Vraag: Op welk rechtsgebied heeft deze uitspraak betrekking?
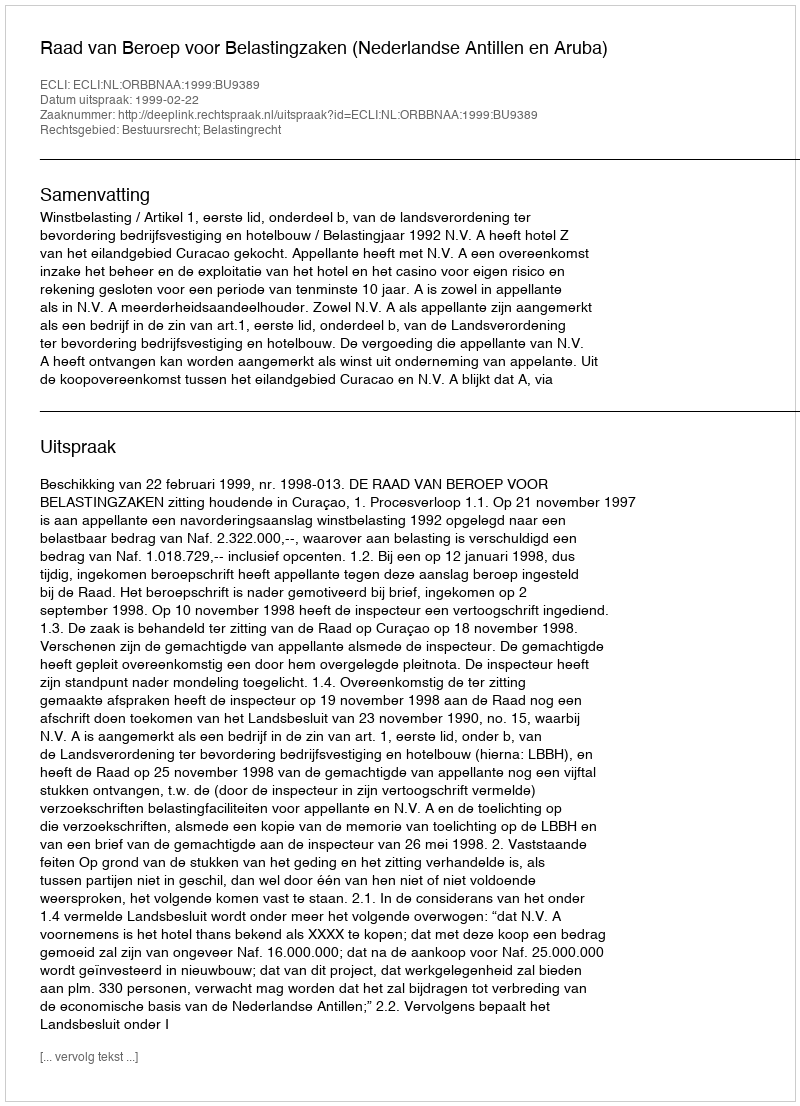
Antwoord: Bestuursrecht; Belastingrecht